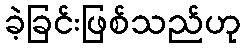
ခဲ့ခြင်းဖြစ်သည်ဟု